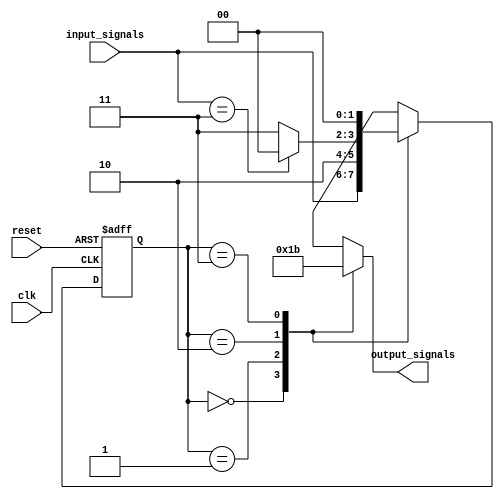
module FSM(
    input clk,
    input reset,
    input [1:0] input_signals,
    output reg [1:0] output_signals
);

// State variables
reg [1:0] current_state;
reg [1:0] next_state;

// State transition conditions
always @ (posedge clk or posedge reset) begin
    if (reset) begin
        current_state <= 2'b00; // Initial state
    end else begin
        current_state <= next_state;
    end
end

// Output logic
always @ (*) begin
    case(current_state)
        2'b00: begin // State 0
            output_signals <= 2'b00; // Output values for State 0
            next_state <= input_signals; // Next state based on input signals
        end
        2'b01: begin // State 1
            output_signals <= 2'b01; // Output values for State 1
            next_state <= 2'b10; // Next state based on predefined state transition
        end
        2'b10: begin // State 2
            output_signals <= 2'b10; // Output values for State 2
            next_state <= (input_signals == 2'b11) ? 2'b00 : 2'b11; // Next state based on input signals
        end
        2'b11: begin // State 3
            output_signals <= 2'b11; // Output values for State 3
            next_state <= 2'b00; // Next state based on predefined state transition
        end
    endcase
end

endmodule